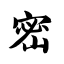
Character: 密